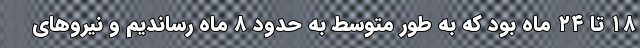
۱۸ تا ۲۴ ماه بود که به طور متوسط به حدود ۸ ماه رساندیم و نیروهای